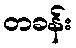
တခန်း